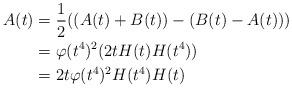
LaTeX: \begin{align*} A(t) &= \frac{1}{2}((A(t)+B(t))-(B(t)-A(t)))\\ &= \varphi(t^4)^2(2tH(t)H(t^4))\\ &= 2t\varphi(t^4)^2H(t^4)H(t)\end{align*}